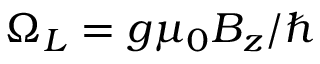
\Omega _ { L } = g \mu _ { 0 } B _ { z } / \hbar